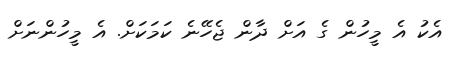
އެކު އެ މީހުން ގެ އަށް ދާން ޖެހޭނެ ކަމަކަށް. އެ މީހުންނަށް